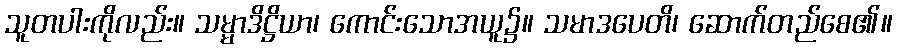
သူတပါးကိုလည်း။ သမ္မာဒိဋ္ဌိယာ၊ ကောင်းသောအယူ၌။ သမာဒပေတိ၊ ဆောက်တည်စေ၏။